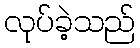
လုပ်ခဲ့သည်